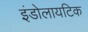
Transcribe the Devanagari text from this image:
इंडोलायटिक